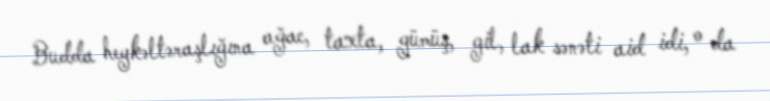
Budda heykəltəraşlığına ağac, taxta, gümüş, gil, lak sənəti aid idi, o da